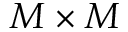
M \times M